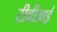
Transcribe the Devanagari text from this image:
टीवीआई